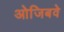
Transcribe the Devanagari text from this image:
ओजिबवे